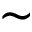
\sim